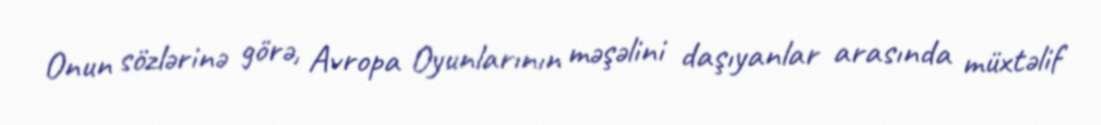
Onun sözlərinə görə, Avropa Oyunlarının məşəlini daşıyanlar arasında müxtəlif